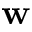
\mathbf { w }